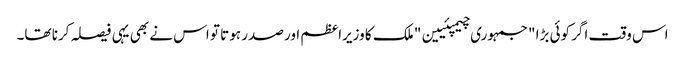
اس وقت اگر کوئی بڑا "جمہوری چیمپئیین" ملک کا وزیراعظم اور صدر ہوتا تو اس نے بھی یہی فیصلہ کرنا تھا۔